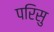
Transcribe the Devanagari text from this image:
परिसु